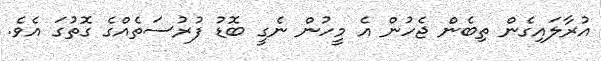
އުރާލައިގެން ތިބެން ޖެހުން އެ މީހުން ނެގީ ބޮޑު ފުރުސަތެއްގެ ގޮތުގަ އެވެ.